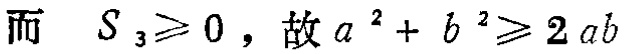
而 \(S_3\geq 0\)，故 \(a^{2}+b^{2}\geq 2ab\)